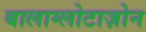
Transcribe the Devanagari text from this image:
बालाग्लोटाज़ोन